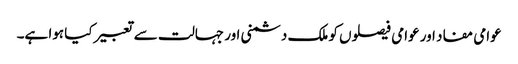
عوامی مفاد اور عوامی فیصلوں کو ملک دشمنی اور جہالت سے تعبیر کیا ہوا ہے۔